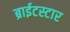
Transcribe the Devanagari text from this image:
ब्राईटस्टार